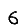
Digit: 6